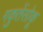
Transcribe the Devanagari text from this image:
गकुतेंसोकू